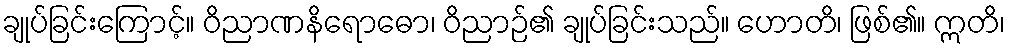
ချုပ်ခြင်းကြောင့်။ ဝိညာဏနိရောဓော၊ ဝိညာဉ်၏ ချုပ်ခြင်းသည်။ ဟောတိ၊ ဖြစ်၏။ ဣတိ၊